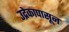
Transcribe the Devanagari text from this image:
उद्रेकापासून